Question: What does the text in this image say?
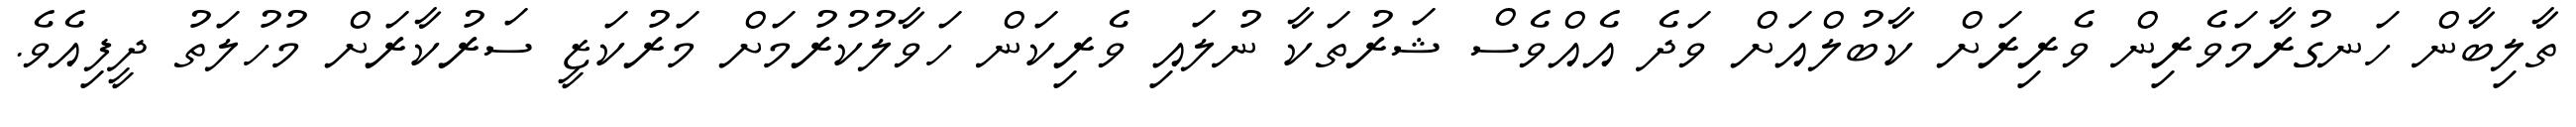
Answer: ތާލިބާން ހަނގުރާމަވެރިން ވެރިރަށް ކާބުލްއަށް ވަދެ އެއްވެސް ޝަރުތަކާ ނުލައި ވެރިކަން ހަވާލުކުރުމަށް މަރުކަޒީ ސަރުކާރަށް މުހުލަތު ދީފިއެވެ.